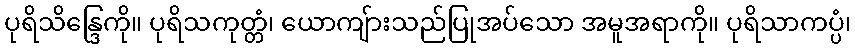
ပုရိသိန္ဒြေကို။ ပုရိသကုတ္တံ၊ ယောကျ်ားသည်ပြုအပ်သော အမူအရာကို။ ပုရိသာကပ္ပံ၊